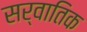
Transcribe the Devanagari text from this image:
सर्वातिक